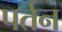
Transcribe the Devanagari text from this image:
पर्तन